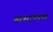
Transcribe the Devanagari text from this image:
सादमय